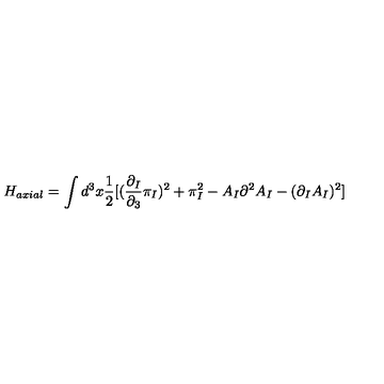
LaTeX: H _ { a x i a l } = \int d ^ { 3 } x \frac { 1 } { 2 } [ ( \frac { \partial _ { I } } { \partial _ { 3 } } \pi _ { I } ) ^ { 2 } + \pi _ { I } ^ { 2 } - A _ { I } \partial ^ { 2 } A _ { I } - ( \partial _ { I } A _ { I } ) ^ { 2 } ]